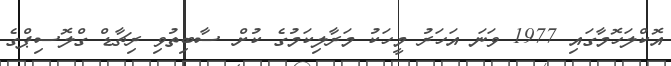
އޮކްލަހޮމާގައި 1977 ވަނަ އަހަރު މީހަކު މަރާލިކަމުގެ ކުށް ސާބިތުވި ރިޗާޑް ގްލޮސިޕްގެ